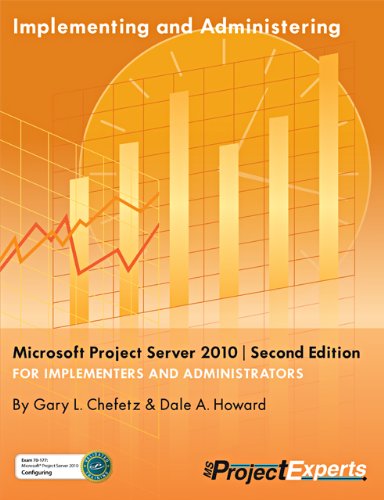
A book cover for Implementing and Administering Microsoft Project Server 2010 | Second Edition; Gary Chefetz; Computers & Technology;